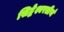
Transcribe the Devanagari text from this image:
सिद्धेश्वरतीर्थ